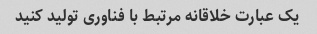
یک عبارت خلاقانه مرتبط با فناوری تولید کنید